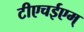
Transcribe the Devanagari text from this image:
टीएचईएम्